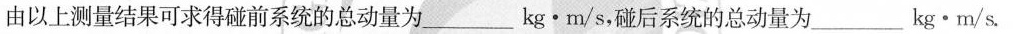
由以上测量结果可求得碰前系统的总动量为___kg·m/s，碰后系统的总动量为___kg·m/s.